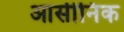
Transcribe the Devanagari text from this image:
आर्सीनिक